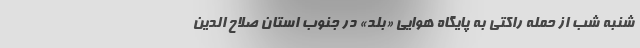
شنبه شب از حمله راکتی به پایگاه هوایی «بلد» در جنوب استان صلاح الدین